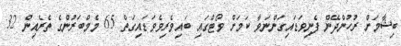
ބިޝާމަށް ރުހުންދޭން ފެނިވަޑައިގަންނަވާ ކަމަށް ވޯޓްގައި ބައިވެރިވެވަޑައިގަތް 65 މެމްބަރުންގެ ތެރެއިން 32